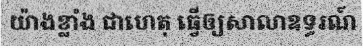
យ៉ាងខ្លាំង ជាហេតុ ធ្វើឲ្យសាលាឧទ្ធរណ៍